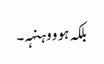
بلکہ ہو و وہنہہ۔